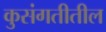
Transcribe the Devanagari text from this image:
कुसंगतीतील